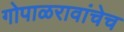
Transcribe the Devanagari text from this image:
गोपाळरावांचेच